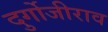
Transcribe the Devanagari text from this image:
दुर्गोजीराव